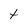
Character: t